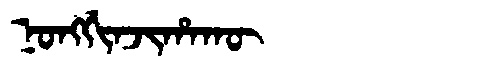
Manchu: ᠨᠣᠩᡤᡳᠨᠵᡳᡥᠠᡴᡡ
Romanization: NONGGINJIHAKŪ